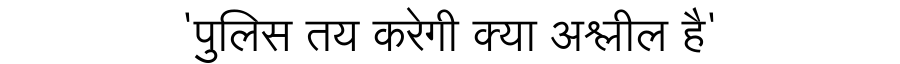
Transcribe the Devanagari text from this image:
'पुलिस तय करेगी क्या अश्लील है'